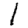
Digit: 1